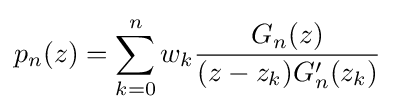
p_{n}(z)=\sum _{k=0}^{n}w_{k}{\frac {G_{n}(z)}{(z-z_{k})G'_{n}(z_{k})}}